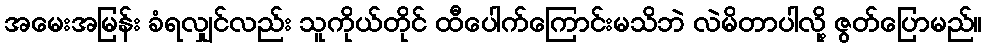
အမေးအမြန်း ခံရလျှင်လည်း သူကိုယ်တိုင် ထီပေါက်ကြောင်းမသိဘဲ လဲမိတာပါလို့ ဇွတ်ပြောမည်။